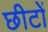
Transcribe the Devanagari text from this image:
छीटों